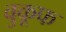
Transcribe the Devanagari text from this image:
वुकूफ